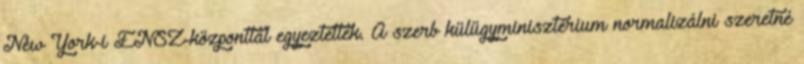
New York-i ENSZ-központtal egyeztettek. A szerb külügyminisztérium normalizálni szeretné